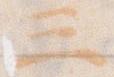
三